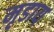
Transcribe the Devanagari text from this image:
मृडाय